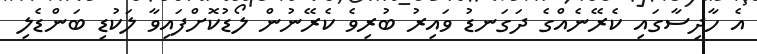
އެ ހާދިސާގައި ކެރޭނެއްގެ ދަގަނޑު ވައިރު ބުރިވެ ކެރޭނުން ލޯޑުކޮށްފައިވާ ލަކުޑި ބަންޑެލި